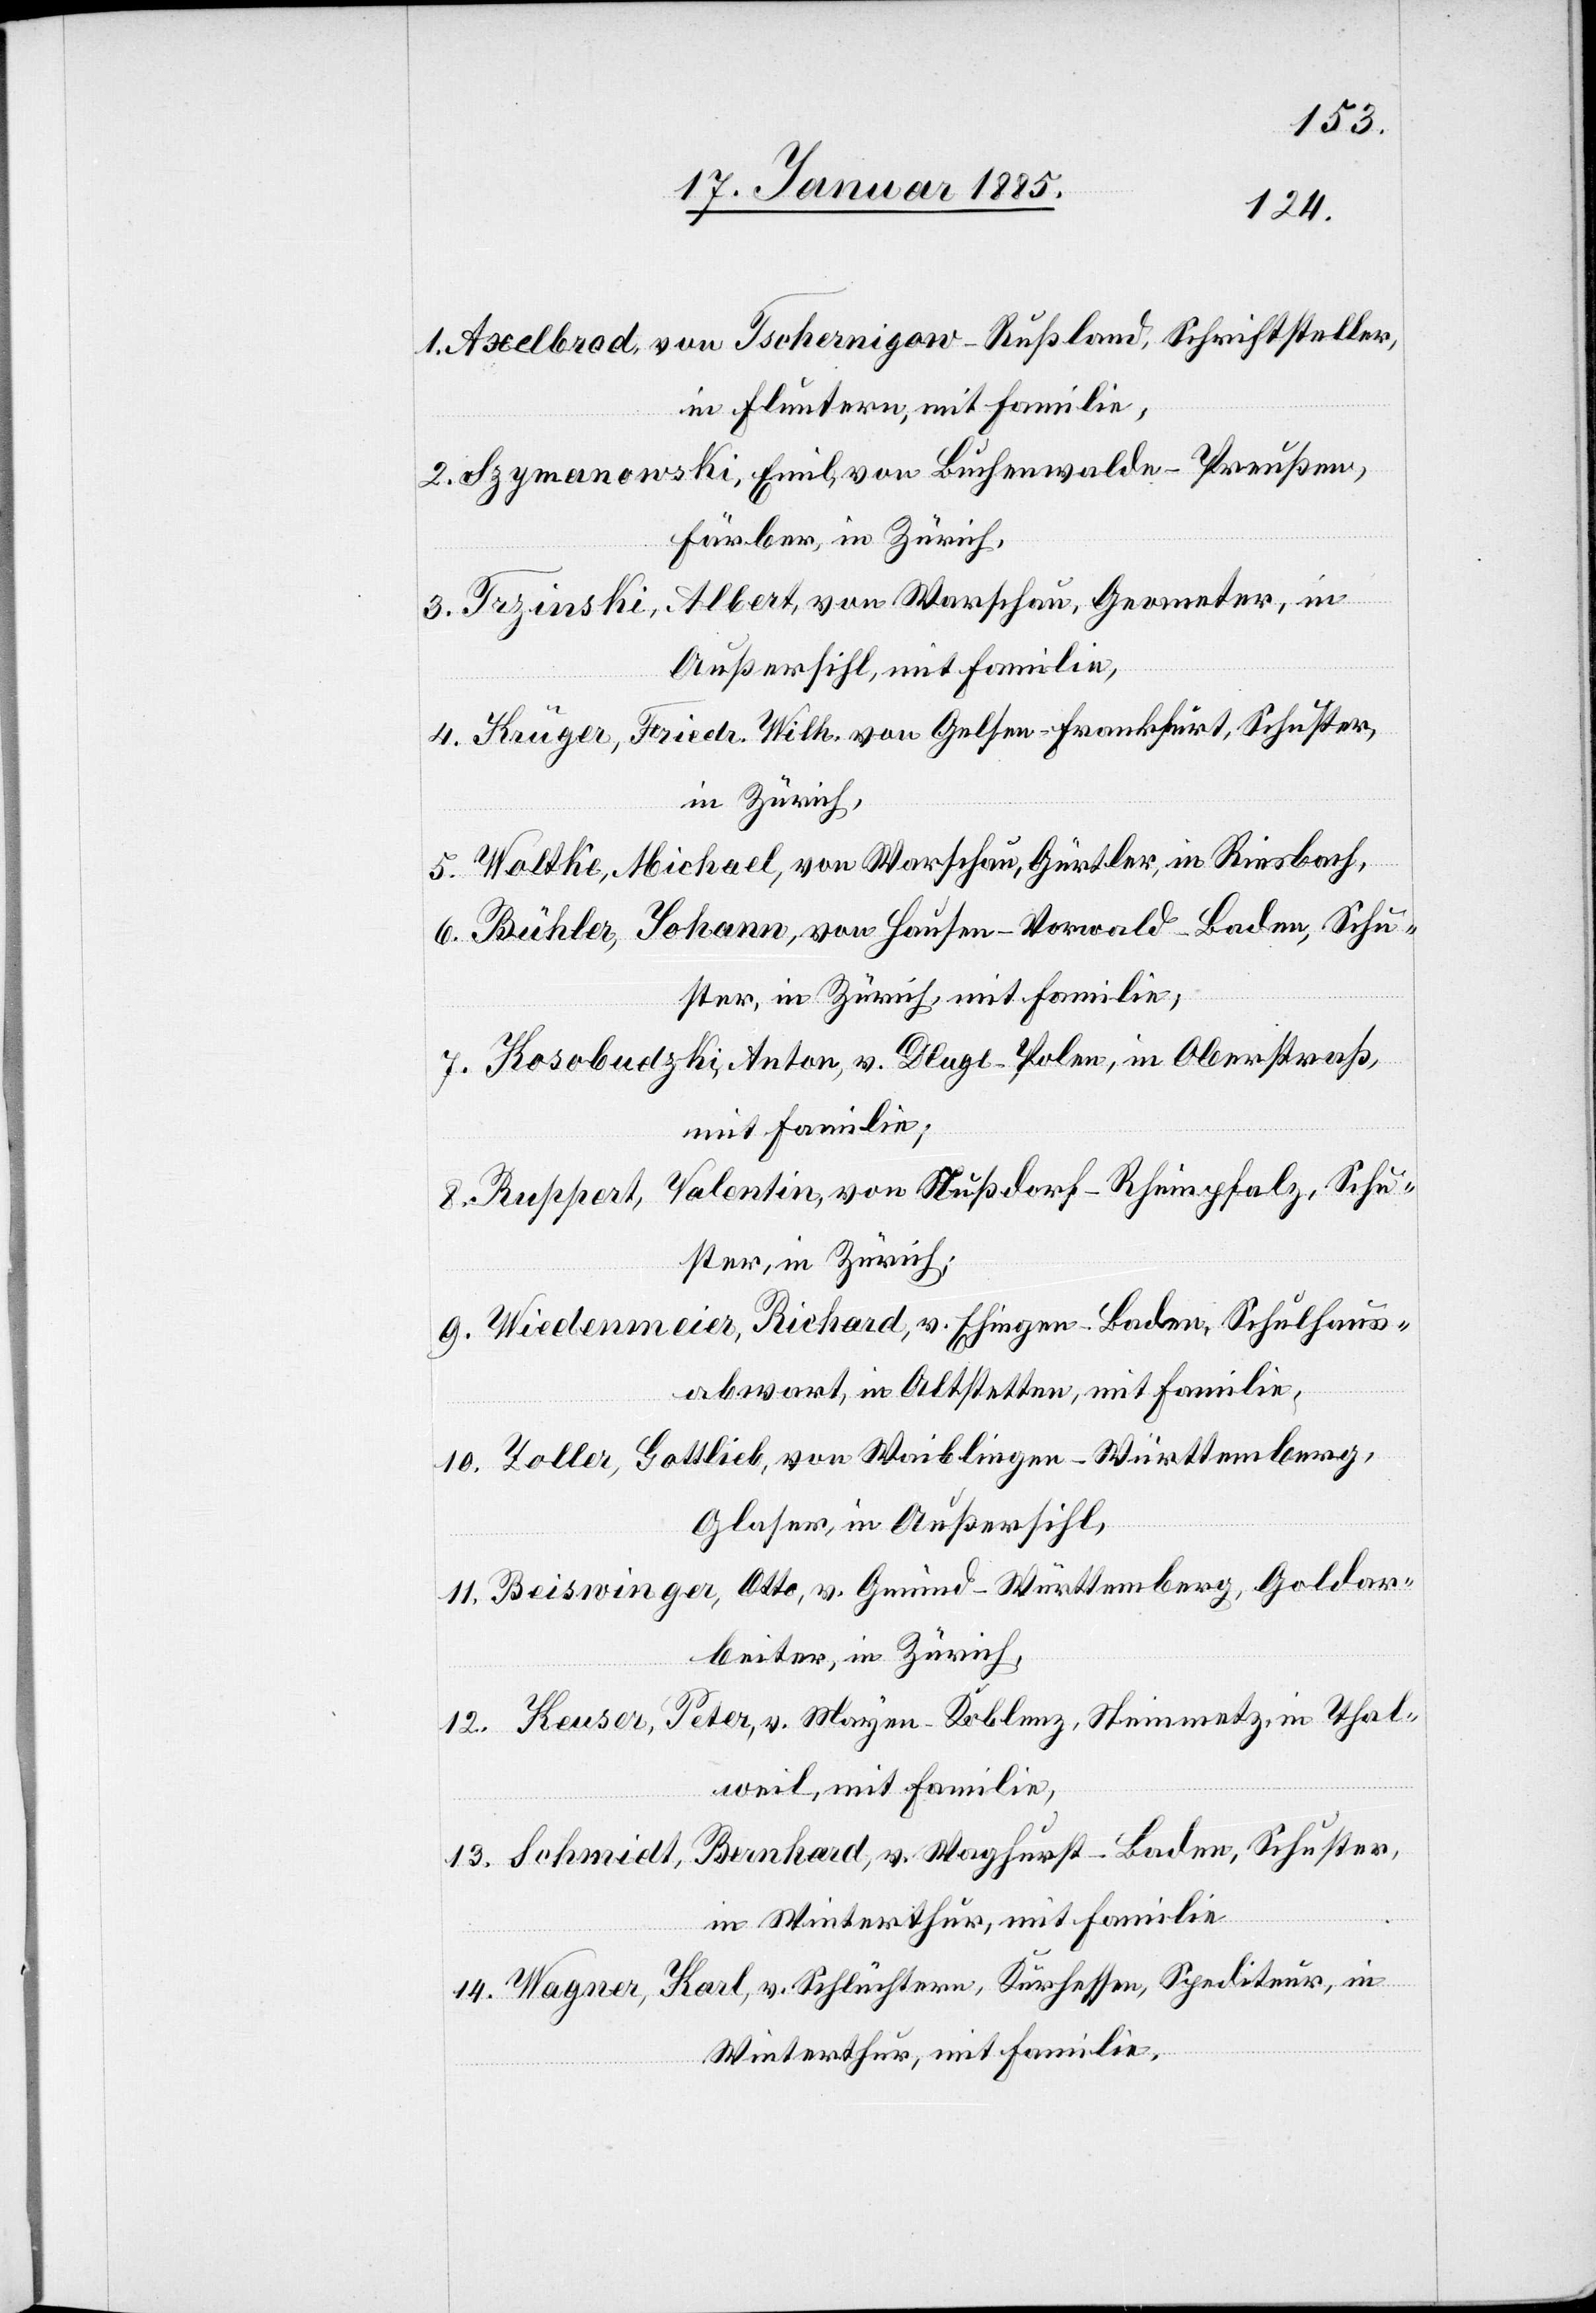
14.
Axelbrad, von Tschernigow - Rußland, Schriftsteller,
in Fluntern, mit Familie,
Lzymanowski, Emil, von Buchenwalde - Preußen,
Färber, in Zürich,
Trzinski, Albert, von Warschau, Geometer, in
Außersihl, mit Familie,
Krüger, Friedr. Wilh. von Gelsen - Frankfurt, Schuster,
in Zürich,
Waltke, Michael, von Warschau, Gürtler, in Riesbach,
Bühler, Johann, von Hausen-Vorwald - Baden, Schu¬
ster, in Zürich, mit Familie,
Kosobudsky, Anton, von Dlugl - Polen, in Oberstraß,
mit Familie,
Ruppert, Valentin, von Nußdorf - Rheinpfalz, Schu¬
ster, in Zürich;
Wiedenmeier, Richard, v. Ehingen - Baden, Schulhaus¬
abwart, in Altstetten, mit Familie,
Zoller, Gottlieb, von Waiblingen - Württemberg,
1.
Glaser, in Außersihl,
Beiswinger, Otto, v. Gmünd - Württemberg, Goldar¬
beiter, in Zürich,
Keusa, Peter, v. Mayen - Koblenz, Steinmetz, in Thal¬
weil, mit Familie,
Schmidt, Bernhard, v. Waghurst - Baden, Schuster,
in Winterthur, mit Familie,
Wagner, Karl, v. Schlüchtern, Kurhessen, Spediteur, in
Winterthur, mit Familie